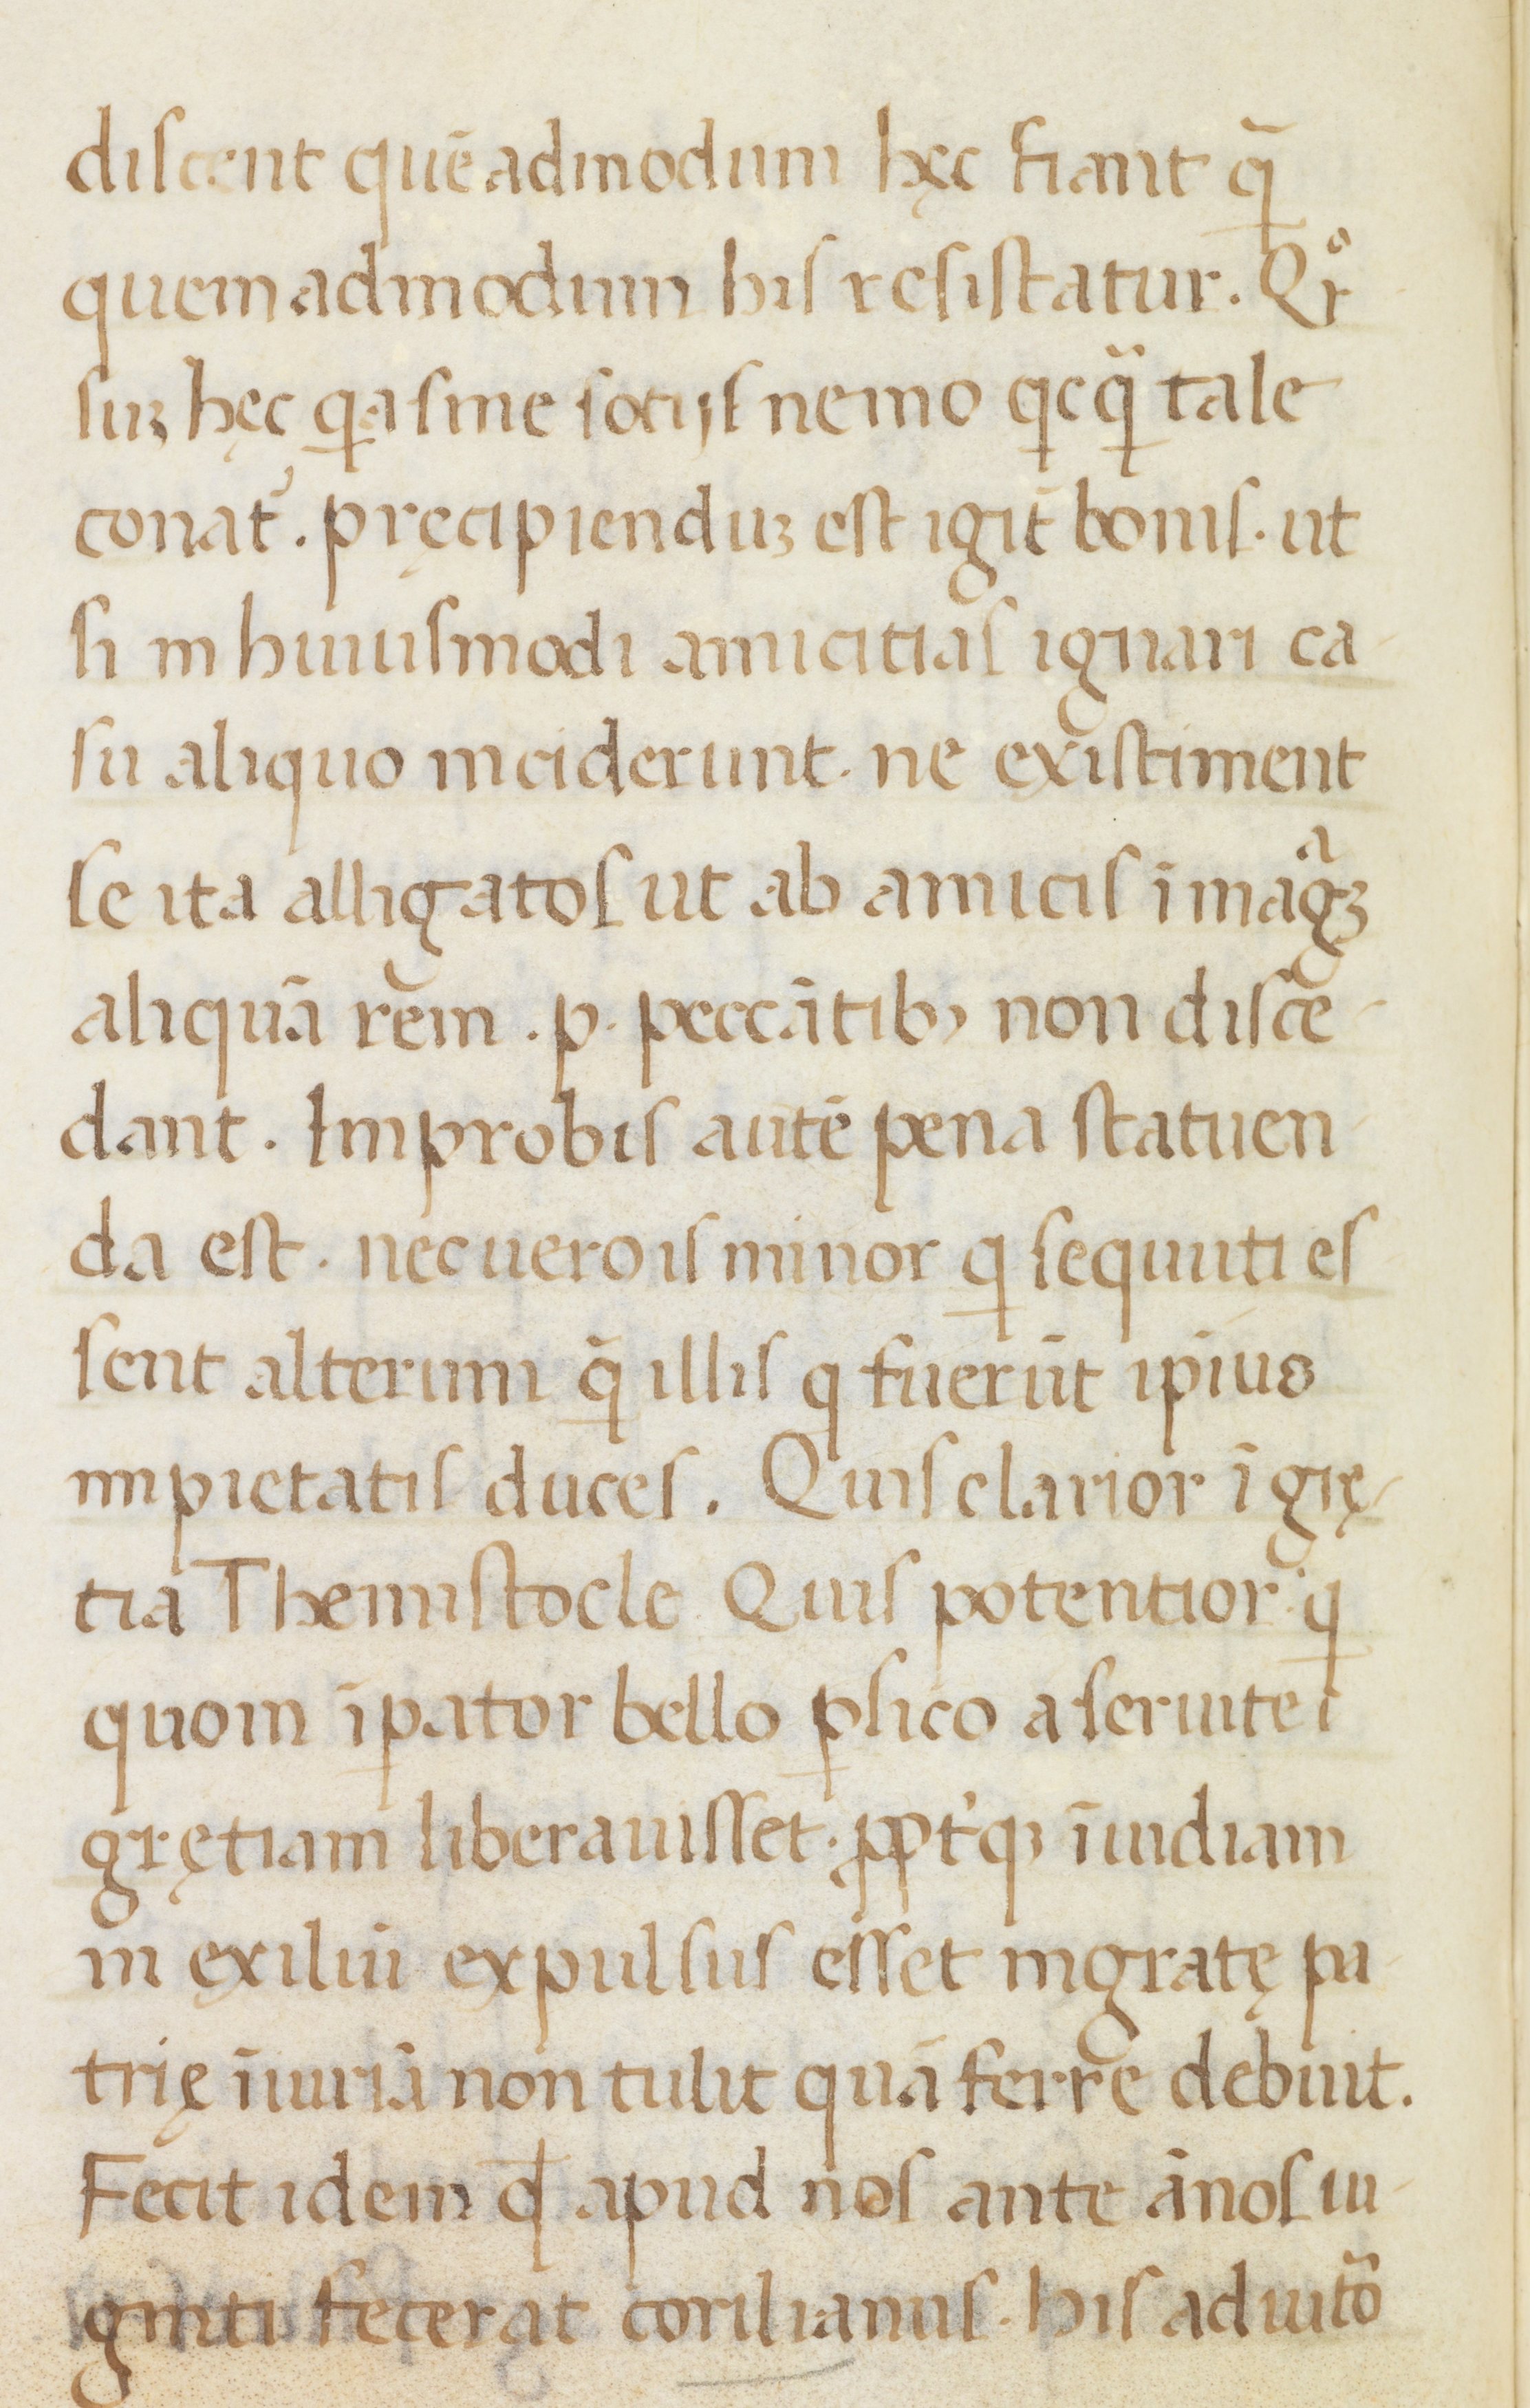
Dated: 1400–1499